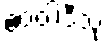
ဧဝံဝါဒီသု